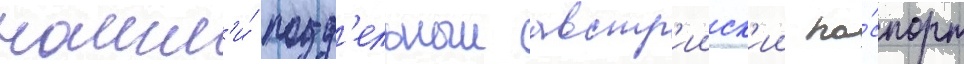
нашл'и́ подд'ельныи австр'ииск'ии па́спорт